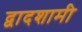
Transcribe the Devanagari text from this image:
द्वादशामी